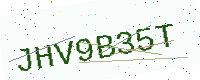
Text: JHV9B35T